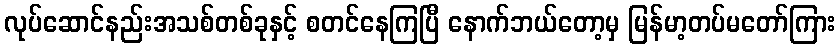
လုပ်ဆောင်နည်းအသစ်တစ်ခုနှင့် စတင်နေကြပြီ နောက်ဘယ်တော့မှ မြန်မာ့တပ်မတော်ကြား